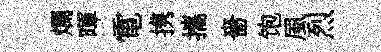
爛暉電携攜嗇饱風烈